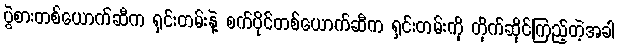
ပွဲစားတစ်ယောက်ဆီက ရှင်းတမ်းနဲ့ စက်ပိုင်တစ်ယောက်ဆီက ရှင်းတမ်းကို တိုက်ဆိုင်ကြည့်တဲ့အခါ